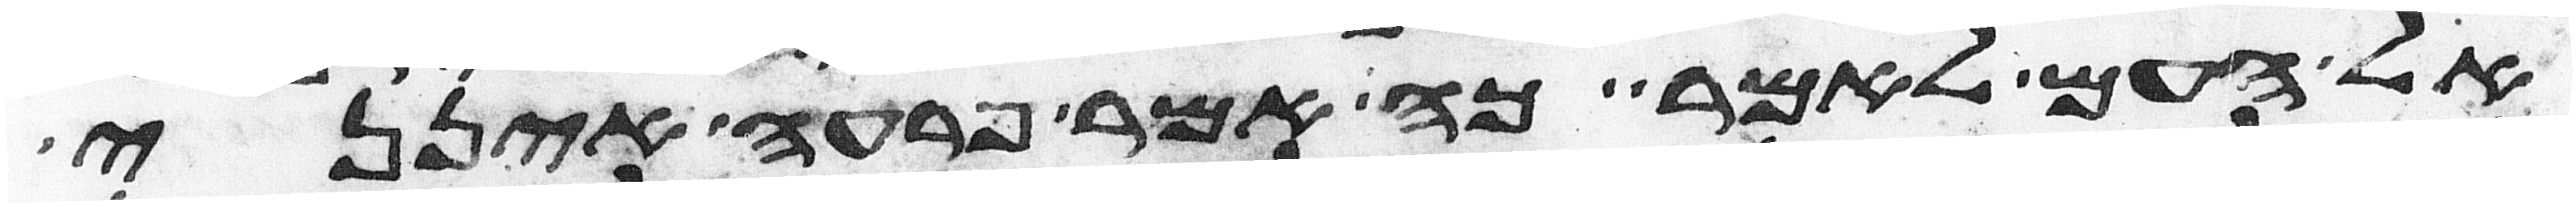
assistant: אל העם לאמר כה אמר פרעה אינני